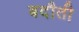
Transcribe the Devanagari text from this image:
बदौती